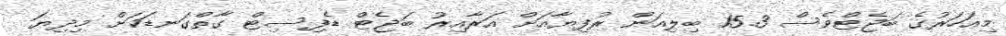
މިއަހަރުގެ ބަޖެޓްވެސް 15.3 ބިލިއަން ރުފިޔާއަށް އަރާއިރު ބަޖެޓް ޑެފިސިޓް ގާތްގަނޑަކަށް މިދިޔަ